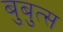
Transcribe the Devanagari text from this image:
बुबुत्स